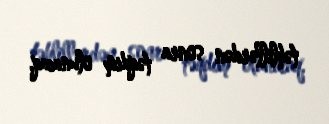
təhlillərdən sonra təqdim olunacaq.